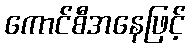
ကောင်စီအနေဖြင့်